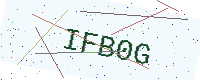
Text: IFB0G